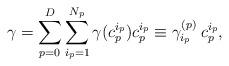
LaTeX: \begin{align*}\gamma =\sum_{p=0}^D\sum_{i_p=1}^{N_p} \gamma (c_p^{i_p})c_p^{i_p}\equiv \gamma^{(p)}_{i_p}\:c^{i_p}_p,\end{align*}